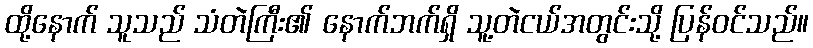
ထို့နောက် သူသည် သံတဲကြီး၏ နောက်ဘက်ရှိ သူ့တဲငယ်အတွင်းသို့ ပြန်ဝင်သည်။